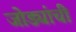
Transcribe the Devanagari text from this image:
जोड्यांची